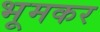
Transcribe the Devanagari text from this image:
भूमकर